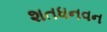
શતધનવન